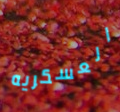
العسكريه